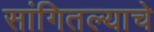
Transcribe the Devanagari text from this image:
सांगितल्याचे